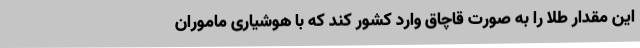
این مقدار طلا را به صورت قاچاق وارد کشور کند که با هوشیاری ماموران